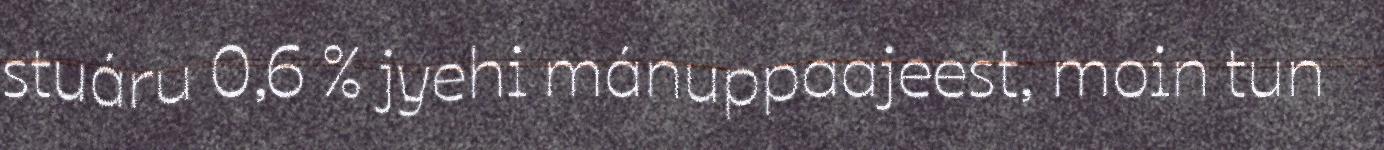
stuáru 0,6 % jyehi mánuppaajeest, moin tun